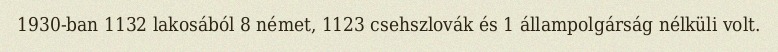
1930-ban 1132 lakosából 8 német, 1123 csehszlovák és 1 állampolgárság nélküli volt.